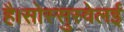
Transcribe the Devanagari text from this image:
है।सोस्सुस्वेलई